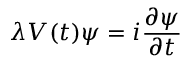
\lambda V ( t ) \psi = i \frac { \partial \psi } { \partial t }